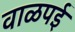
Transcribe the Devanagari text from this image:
वाळपई